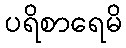
ပရိစာရေမိ